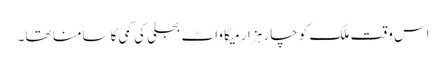
اس وقت ملک کو چار ہزار میگا واٹ بجلی کی کمی کا سامنا تھا۔